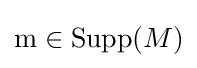
\mathrm {m} \in \mathrm {Supp} (M)